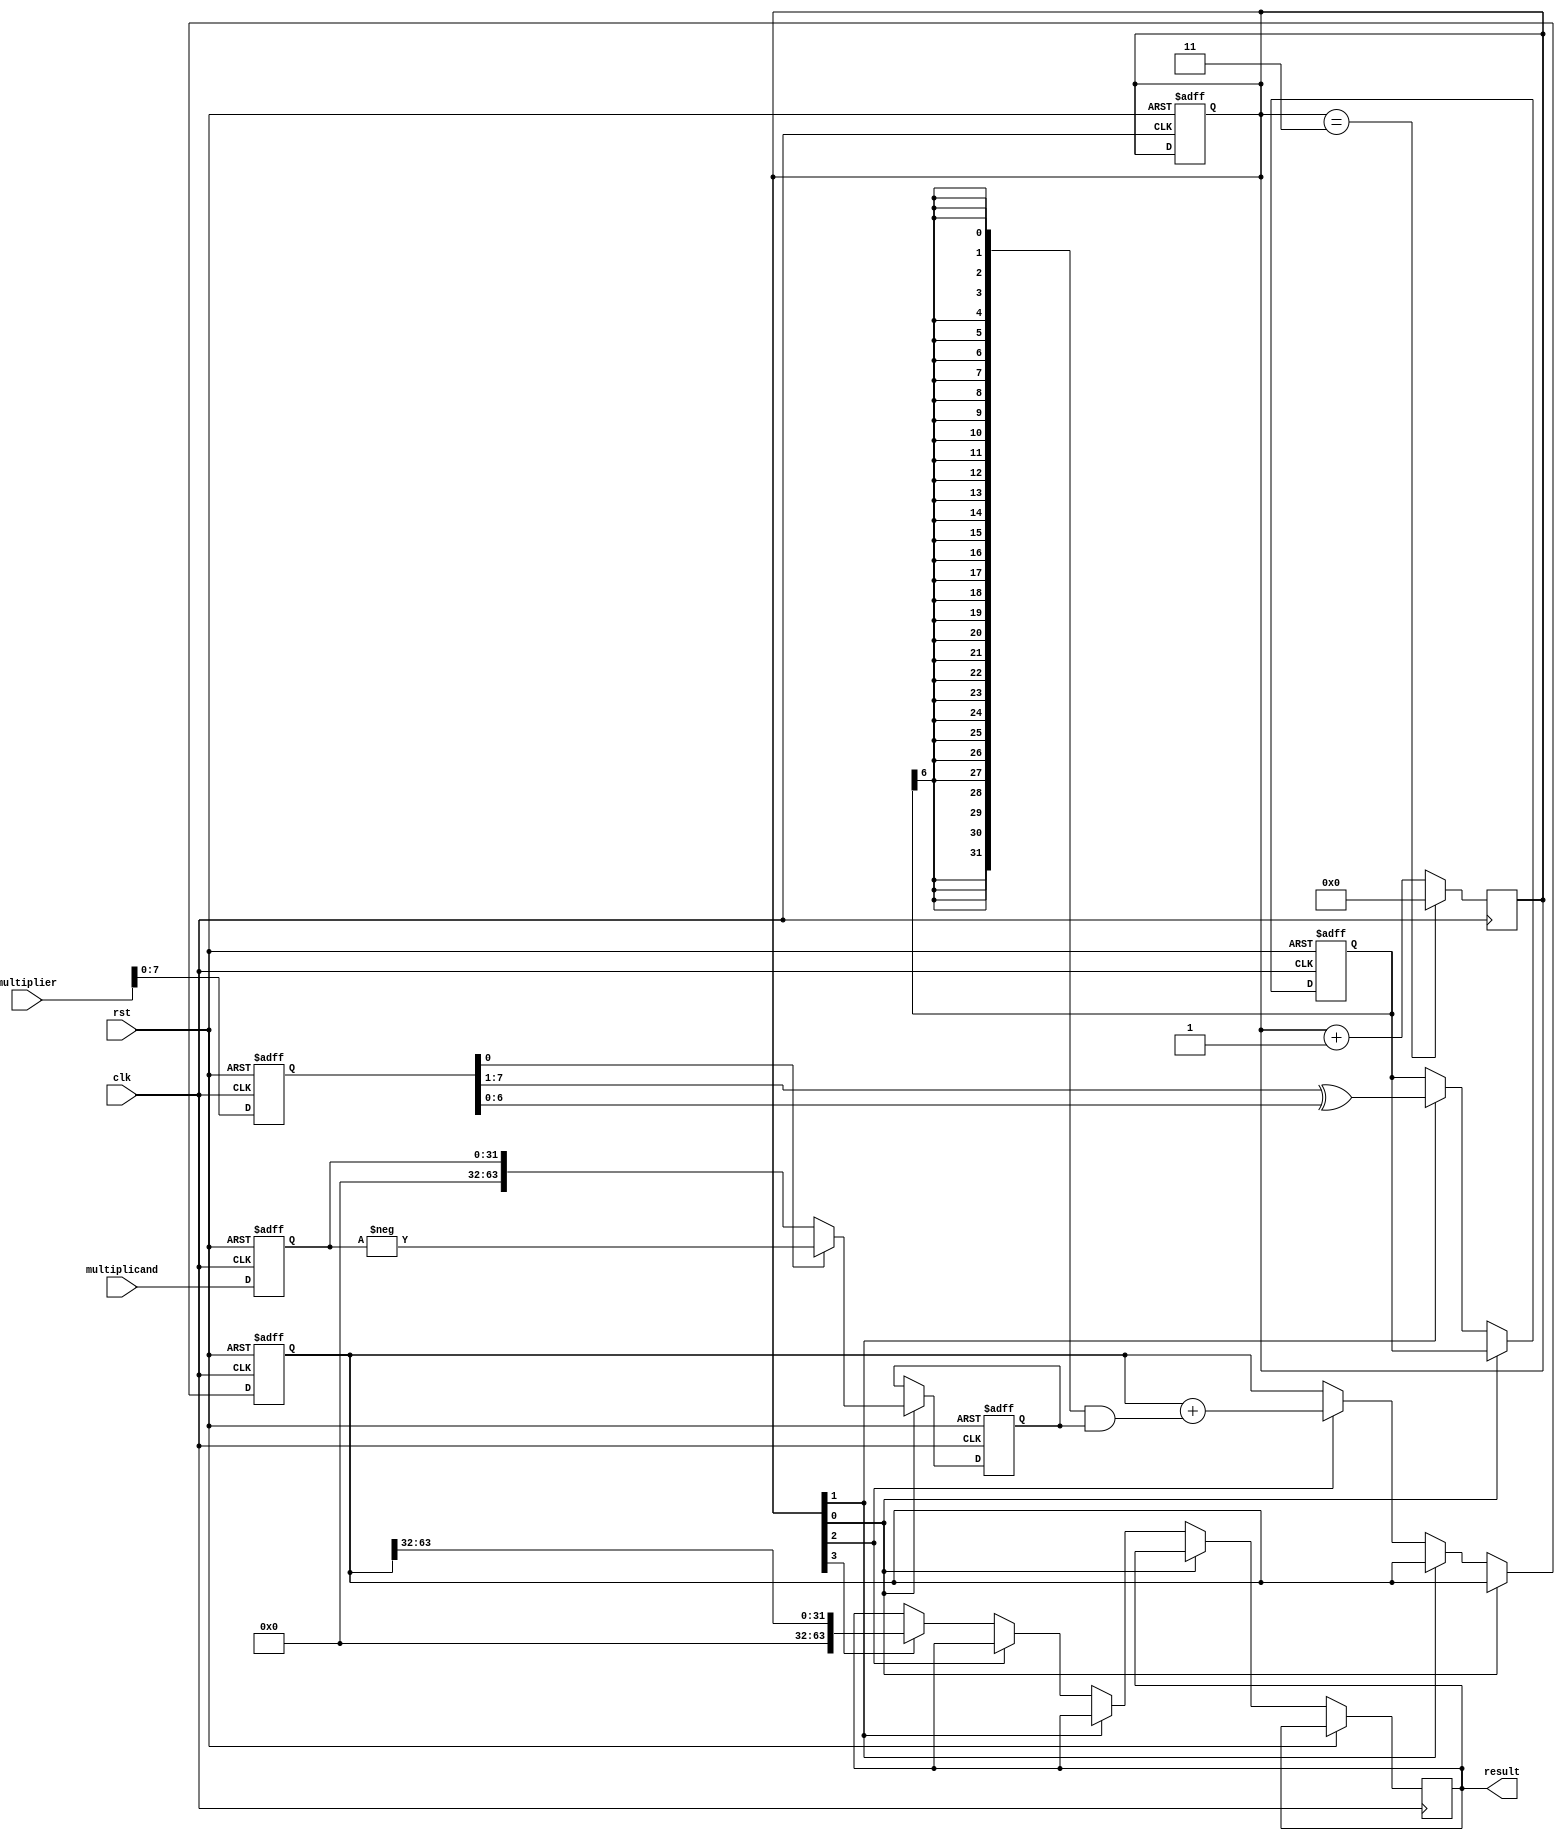
module Booth_Multiplier(
    input wire clk,
    input wire rst,
    input wire [31:0] multiplicand,
    input wire [31:0] multiplier,
    output reg [63:0] result
    );

// Input registers for multiplicand and multiplier
reg [31:0] multiplicand_reg;
reg [31:0] multiplier_reg;

// Internal signals
reg [63:0] partial_product;
reg [6:0] booth_encoding;
reg [63:0] partial_product_accumulator;
reg [3:0] stage_control;

// Initialize internal signals
initial
begin
    multiplicand_reg = 0;
    multiplier_reg = 0;
    partial_product = 0;
    booth_encoding = 0;
    partial_product_accumulator = 0;
    stage_control = 0;
end

// Booth multiplier stages
always @(posedge clk or posedge rst)
begin
    if(rst)
    begin
        multiplicand_reg <= 0;
        multiplier_reg <= 0;
        partial_product <= 0;
        booth_encoding <= 0;
        partial_product_accumulator <= 0;
        stage_control <= 0;
    end
    else
    begin
        multiplicand_reg <= multiplicand;
        multiplier_reg <= multiplier;
        
        // Partial product generation
        if(stage_control[0])
        begin
            if(multiplier_reg[0] == 1)
                partial_product <= (-multiplicand_reg);
            else
                partial_product <= multiplicand_reg;
        end
        
        // Booth encoding
        else if(stage_control[1])
        begin
            booth_encoding = {multiplier_reg[31], multiplier_reg[31:1]^multiplier_reg[30:0]};
        end
        
        // Partial product addition
        else if(stage_control[2])
        begin
            partial_product_accumulator <= partial_product_accumulator + ({32{booth_encoding[6]}} & partial_product);
        end
        
        // Final result calculation
        else if(stage_control[3])
        begin
            result <= partial_product_accumulator[63:32];
        end
    end
end

// Control signals
always @(posedge clk)
begin
    if(stage_control == 3)
        stage_control <= 0;
    else
        stage_control <= stage_control + 1;
end

endmodule